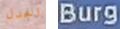
الجدل Burg